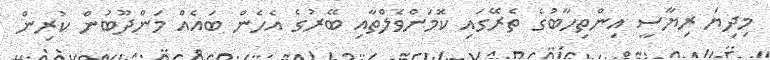
މިދިޔަ ރިޔާސީ އިންތިހާބުގެ ތެރޭގައި ކޮމަންވެލްތާއި ބޭރުގެ އެހެން ބައެއް މަންދޫބުން ކުރިން